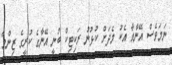
ނަމަވެސް އޭނާއާ އެކު މެދަށް ކުޅުނު ރަކިޓިކް ބުނީ އޭނާގެ ކުރީގެ ޒިންމާ